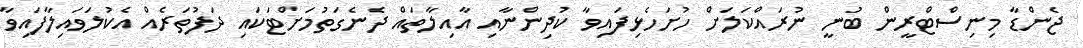
ޖެންޑާ މިނިސްޓްރީން ބުނީ ނުރައްކަލަށް ހުށަހެޅިފައިވާ ކުދިންނާއި އާއިލާތައް ދެނެގަތުމަށްޓަކައި ދަފުތަރެއް އެކުލަވައިލާފައިވާ